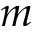
m